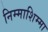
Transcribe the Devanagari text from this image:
निम्माशिम्मा